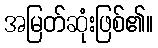
အမြတ်ဆုံးဖြစ်၏။